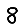
Digit: 8